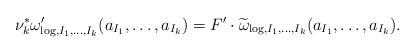
LaTeX: \begin{align*}\nu_k^*\omega'_{\log,I_1,\ldots,I_k}( a_{I_1},\ldots, a_{I_k})=F'\cdot \widetilde{\omega}_{\log,I_1,\ldots,I_k}( a_{I_1},\ldots, a_{I_k}). \end{align*}